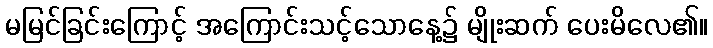
မမြင်ခြင်းကြောင့် အကြောင်းသင့်သောနေ့၌ မျိုးဆက် ပေးမိလေ၏။